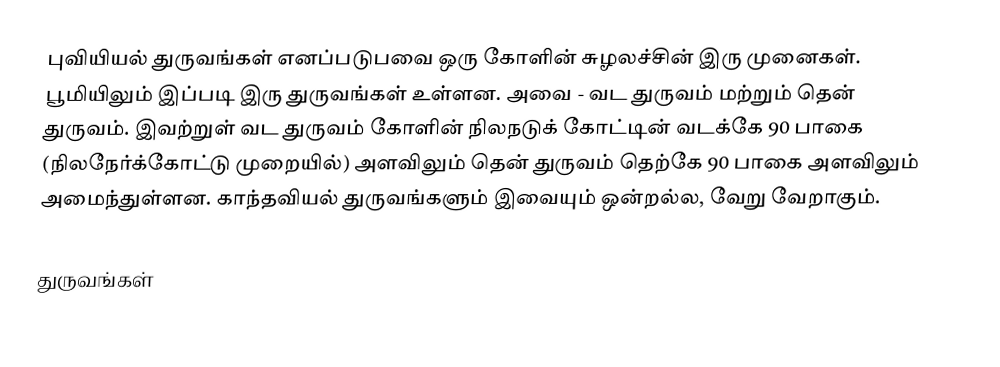
புவியியல் துருவங்கள் எனப்படுபவை ஒரு கோளின் சுழலச்சின் இரு முனைகள். பூமியிலும் இப்படி இரு துருவங்கள் உள்ளன. அவை - வட துருவம் மற்றும் தென் துருவம். இவற்றுள் வட துருவம் கோளின் நிலநடுக் கோட்டின் வடக்கே 90 பாகை (நிலநேர்க்கோட்டு முறையில்) அளவிலும் தென் துருவம் தெற்கே 90 பாகை அளவிலும் அமைந்துள்ளன. காந்தவியல் துருவங்களும் இவையும் ஒன்றல்ல, வேறு வேறாகும்.

துருவங்கள்